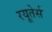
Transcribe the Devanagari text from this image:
रयूतेर्स